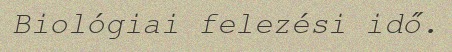
Biológiai felezési idő.